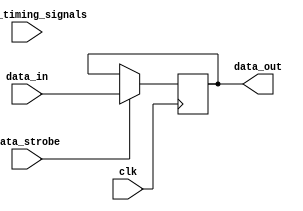
module timing_control_and_sync (
    input wire clk,             // clock signal
    input wire data_strobe,     // data strobe signal
    input wire other_timing_signals, // other timing signals
    input wire data_in,         // input data
    output wire data_out        // output data
);

    reg buffered_data;

    // Timing control logic
    always @(posedge clk) begin
        // Synchronize data input with clock
        if (data_strobe) begin
            buffered_data <= data_in;
        end
    end

    // Synchronization logic
    assign data_out = buffered_data;

endmodule